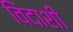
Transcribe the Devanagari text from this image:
विंदाशी